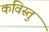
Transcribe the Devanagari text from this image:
कविस्तु